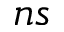
n s